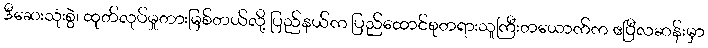
ဒီဆေးသုံးစွဲ၊ ထုတ်လုပ်မှုတားမြစ်တယ်လို့ ပြည်နယ်က ပြည်ထောင်စုတရားသူကြီးတယောက်က ဧပြီလဆန်းမှာ